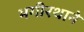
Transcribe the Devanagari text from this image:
भगीरथाने